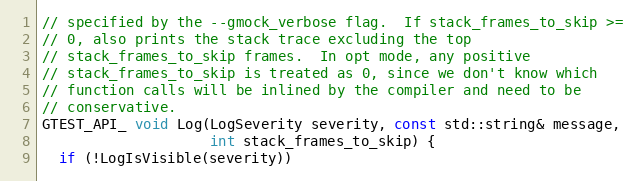
Language: C++
// specified by the --gmock_verbose flag.  If stack_frames_to_skip >=
// 0, also prints the stack trace excluding the top
// stack_frames_to_skip frames.  In opt mode, any positive
// stack_frames_to_skip is treated as 0, since we don't know which
// function calls will be inlined by the compiler and need to be
// conservative.
GTEST_API_ void Log(LogSeverity severity, const std::string& message,
                    int stack_frames_to_skip) {
  if (!LogIsVisible(severity))